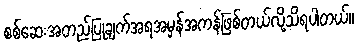
စစ်ဆေးအတည်ပြုချက်အရအမှန်အကန်ဖြစ်တယ်လို့သိရပါတယ်။